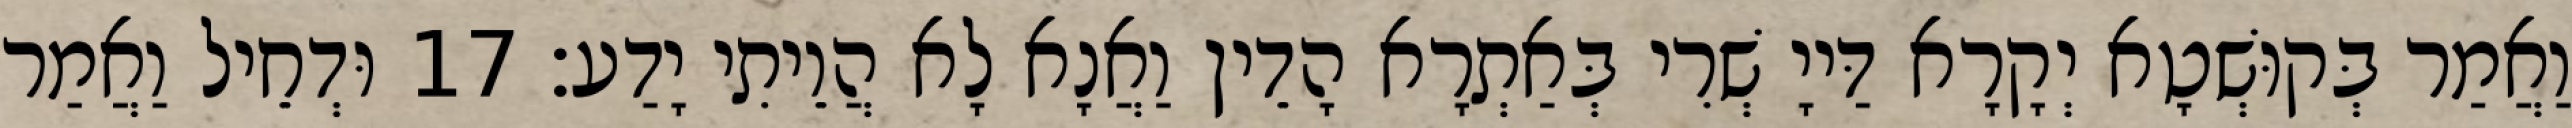
וַאֲמַר בְּקוּשְׁטָא יְקָרָא דַּייָ שְׁרִי בְּאַתְרָא הָדֵין וַאֲנָא לָא הֲוֵיתִי יָדַע׃ 17 וּדְחֵיל וַאֲמַר